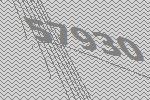
57930